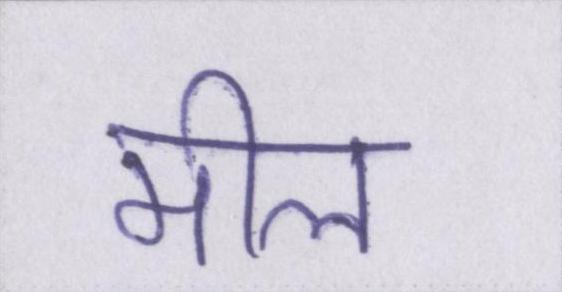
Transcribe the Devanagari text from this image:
मील